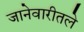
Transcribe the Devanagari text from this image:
जानेवारीतले